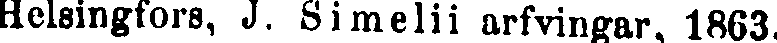
Helsingfors, J. Simelii arfvingar, 1863.